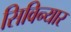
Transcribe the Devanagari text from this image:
सिविन्यार